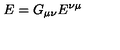
E = G _ { \mu \nu } E ^ { \nu \mu }